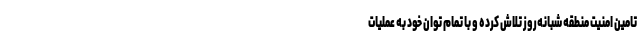
تامین امنیت منطقه شبانه‌روز تلاش کرده و با تمام توان خود به عملیات